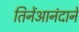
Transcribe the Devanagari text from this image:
तिनेंआनंदानें